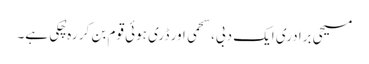
مسیحی برادری ایک دبی، سحمی اور ڈری ہوئی قوم بن کر رہ چُکی ہے۔